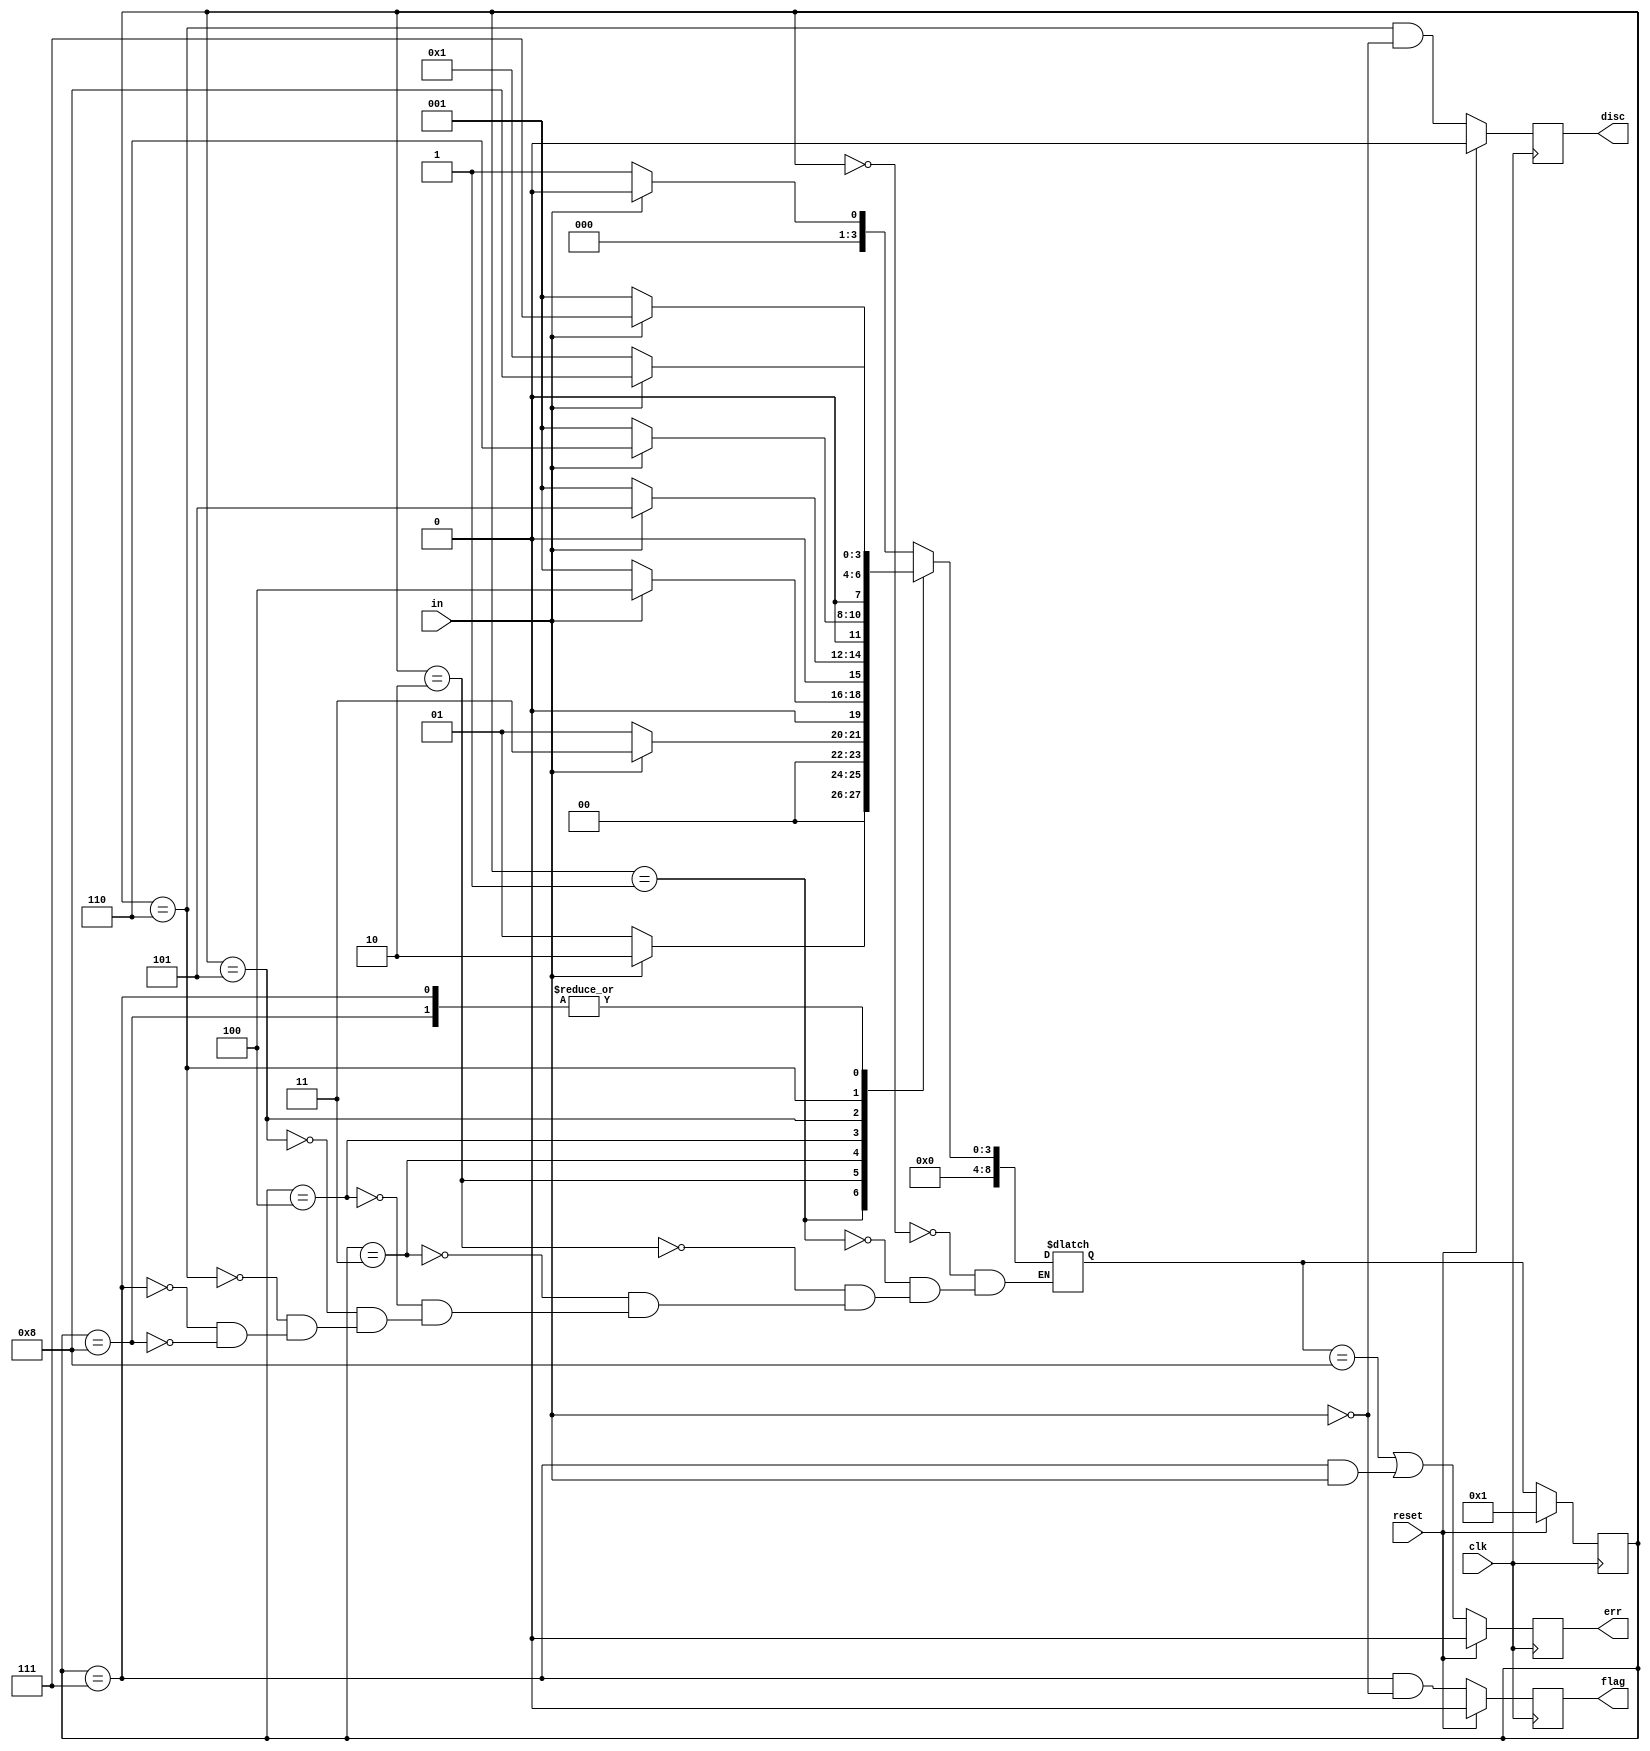
module top_module(
    input clk,
    input reset,    // Synchronous reset
    input in,
    output disc,
    output flag,
    output err);
    parameter s0 = 0,s1=1,s2=2,s3=3,s4=4,s5=5,s6=6,s7=7,s8=8;
    reg [8:0] state,next_state;
    always @(*) begin
        case(state)
        s0:next_state = in?s0:s1;
        s1:next_state = in?s2:s1;
        s2:next_state = in?s3:s1;
        s3:next_state = in?s4:s1;
        s4:next_state = in?s5:s1;
        s5:next_state = in?s6:s1;
        s6:next_state = in?s7:s1; //0111110 
        s7:next_state = in?s8:s1; //01111110
        s8:next_state = in?s8:s1;
        endcase
    end
    always @(posedge clk ) begin
        if(reset)begin
            state <= s1;
        end else begin
            state <= next_state;
        end
    end
    always @(posedge clk ) begin
        if(reset)begin
            disc <= 1'b0;
            flag <= 1'b0;
            err <= 1'b0;
        end else begin
            err <= (next_state == s8)||((state==s7)&in);
            disc <= (state == s6)&&~in;
            flag <= (state == s7)&&~in;
        end
    end
endmodule